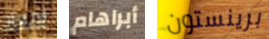
لإبعاد أبراهام برينستون